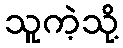
သူကဲ့သို့